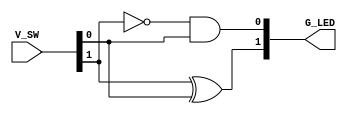
module hs(V_SW , G_LED);
input [0:1] V_SW;
output  [0:1] G_LED;
assign G_LED[0] =  V_SW[0]^V_SW[1];
//difference output
assign G_LED[1] = ~V_SW[0]&V_SW[1]; 
//borrow output
endmodule